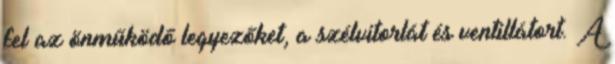
fel az önműködő legyezőket, a szélvitorlát és ventillátort. A